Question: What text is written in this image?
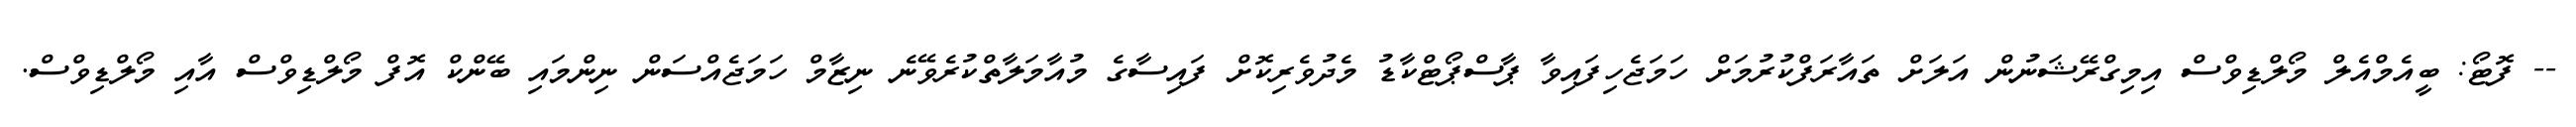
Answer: -- ފޮޓޯ: ބީއެމްއެލް މޯލްޑިވްސް އިމިގްރޭޝަނުން އަލަށް ތައާރަފްކުރުމަށް ހަމަޖެހިފައިވާ ޕާސްޕޯޓްކާޑު މެދުވެރިކޮށް ފައިސާގެ މުއާމަލާތްކުރެވޭނެ ނިޒާމް ހަމަޖެއްސަން ނިންމައި ބޭންކް އޮފް މޯލްޑިވްސް އާއި މޯލްޑިވްސް.